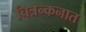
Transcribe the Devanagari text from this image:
चित्रन्कनात